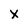
Character: x